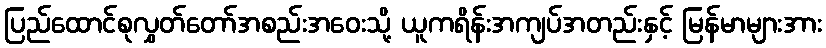
ပြည်ထောင်စုလွှတ်တော်အစည်းအဝေးသို့ ယူကရိန်းအကျပ်အတည်းနှင့် မြန်မာများအား